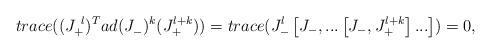
LaTeX: \begin{align*}trace((J_{+}^{\ l})^{T}ad(J_{-}^{\ })^{k}(J_{+}^{l+k}))=trace(J_{-}^{l}\left[J_{-},...\left[ J_{-},J_{+}^{l+k}\right] ...\right] )=0,\end{align*}